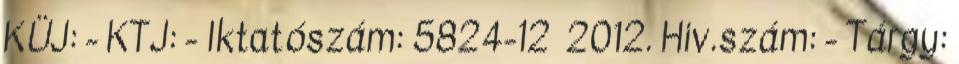
KÜJ: - KTJ: - Iktatószám: 5824-12 2012. Hiv.szám: - Tárgy: